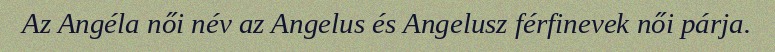
Az Angéla női név az Angelus és Angelusz férfinevek női párja.